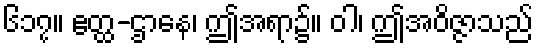
၆၁၇။ ဧတ္ထ-ဌာနေ၊ ဤအရာ၌။ ဝါ၊ ဤအဝိဇ္ဇာသည်